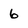
Character: 6